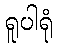
ရူပါရုံ